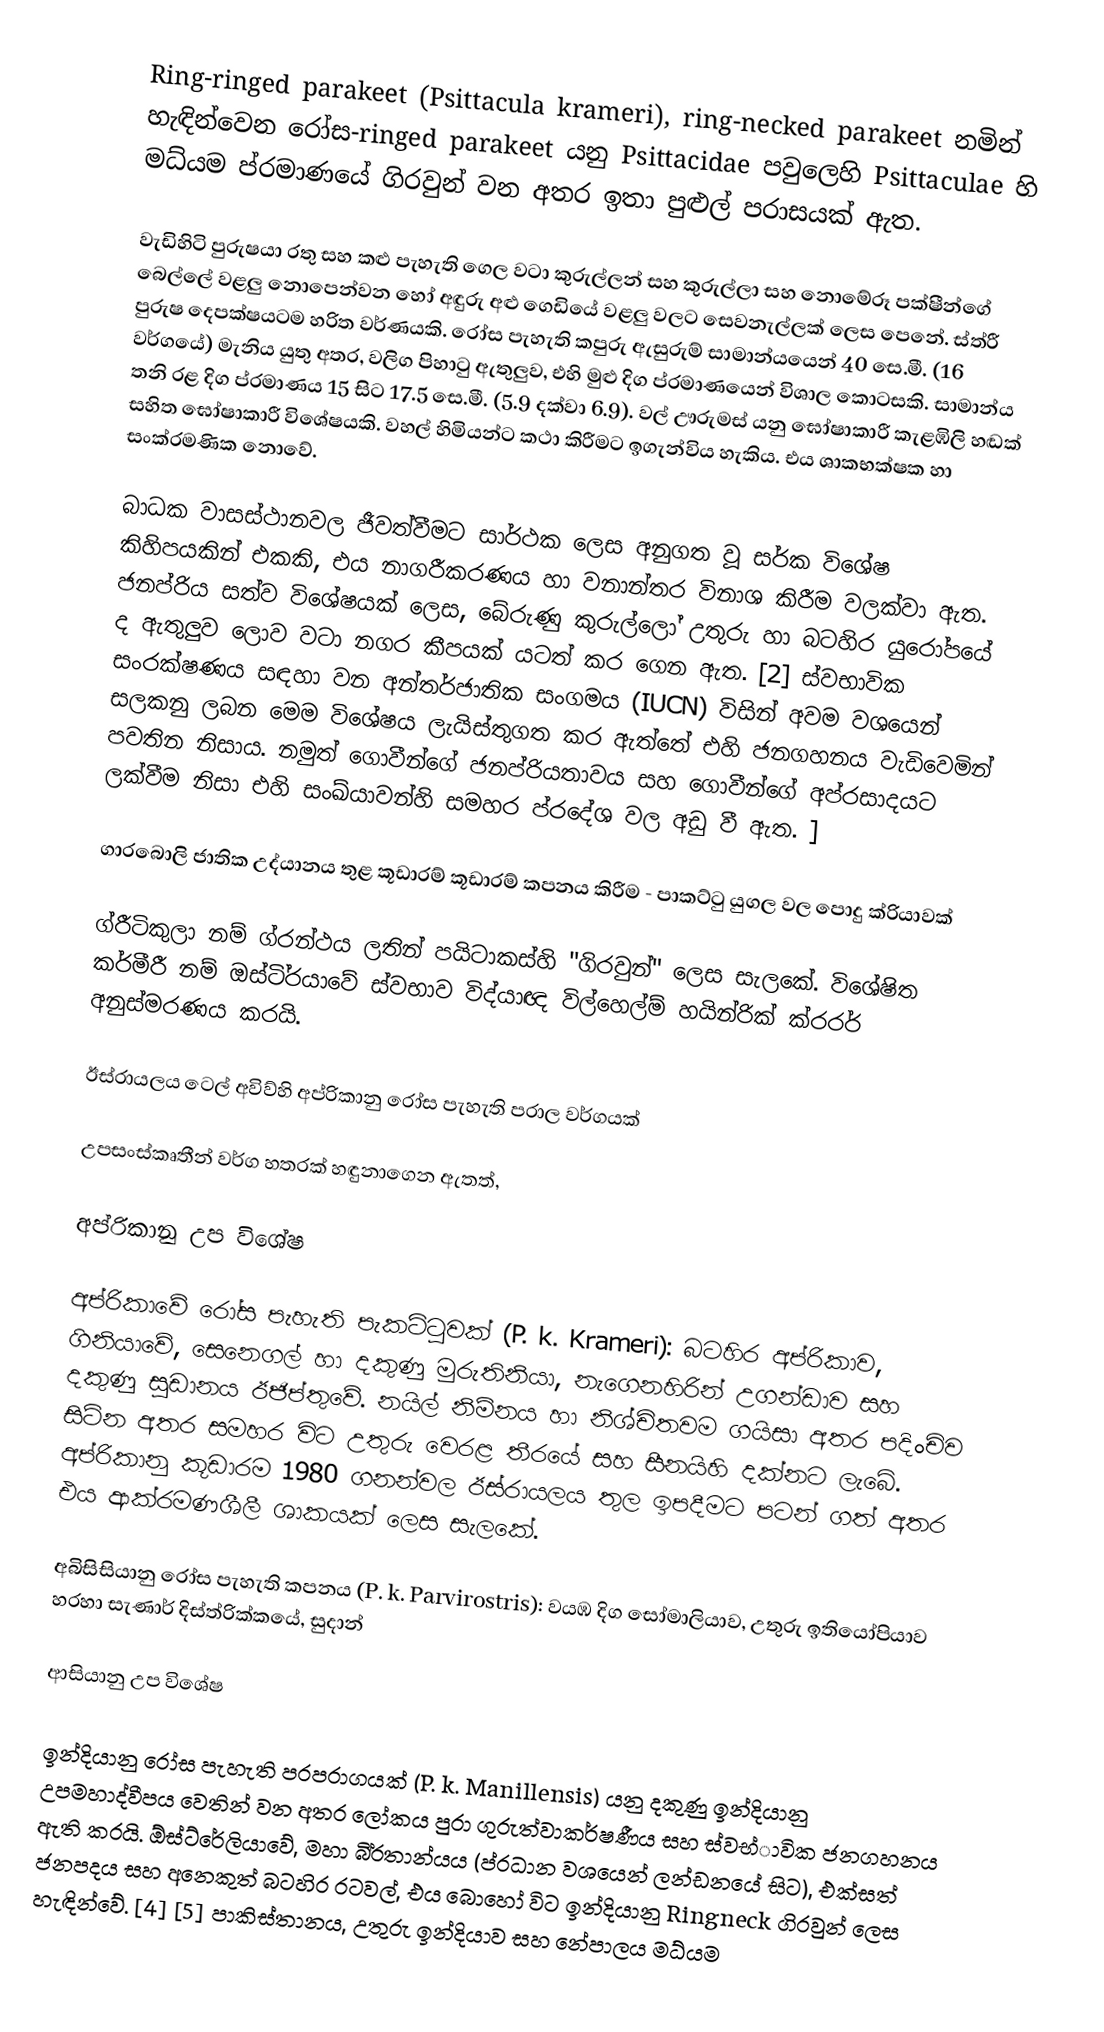
Ring-ringed parakeet (Psittacula krameri), ring-necked parakeet නමින් හැඳින්වෙන රෝස-ringed parakeet යනු Psittacidae පවුලෙහි Psittaculae හි මධ්යම ප්රමාණයේ ගිරවුන් වන අතර ඉතා පුළුල් පරාසයක් ඇත.

වැඩිහිටි පුරුෂයා රතු සහ කළු පැහැති ගෙල වටා කුරුල්ලන් සහ කුරුල්ලා සහ නොමේරූ පක්ෂීන්ගේ බෙල්ලේ වළලු නොපෙන්වන හෝ අඳුරු අළු ගෙඩියේ වළලු වලට සෙවනැල්ලක් ලෙස පෙනේ. ස්ත්රී පුරුෂ දෙපක්ෂයටම හරිත වර්ණයකි. රෝස පැහැති කපුරු ඇසුරුම් සාමාන්යයෙන් 40 සෙ.මී. (16 වර්ගයේ) මැනිය යුතු අතර, වලිග පිහාටු ඇතුලුව, එහි මුළු දිග ප්රමාණයෙන් විශාල කොටසකි. සාමාන්ය තනි රළ දිග ප්රමාණය 15 සිට 17.5 සෙ.මී. (5.9 දක්වා 6.9). වල් ඌරුමස් යනු ඝෝෂාකාරී කැළඹිලි හඬක් සහිත ඝෝෂාකාරී විශේෂයකි. වහල් හිමියන්ට කථා කිරීමට ඉගැන්විය හැකිය. එය ශාකභක්ෂක හා සංක්රමණික නොවේ.

බාධක වාසස්ථානවල ජීවත්වීමට සාර්ථක ලෙස අනුගත වූ සර්ක විශේෂ කිහිපයකින් එකකි, එය නාගරීකරණය හා වනාන්තර විනාශ කිරීම වලක්වා ඇත. ජනප්රිය සත්ව විශේෂයක් ලෙස, බේරුණු කුරුල්ලෝ උතුරු හා බටහිර යුරෝපයේ ද ඇතුලුව ලොව වටා නගර කීපයක් යටත් කර ගෙන ඇත. [2] ස්වභාවික සංරක්ෂණය සඳහා වන අන්තර්ජාතික සංගමය (IUCN) විසින් අවම වශයෙන් සලකනු ලබන මෙම විශේෂය ලැයිස්තුගත කර ඇත්තේ එහි ජනගහනය වැඩිවෙමින් පවතින නිසාය. නමුත් ගොවීන්ගේ ජනප්රියතාවය සහ ගොවීන්ගේ අප්රසාදයට ලක්වීම නිසා එහි සංඛ්යාවන්හි සමහර ප්රදේශ වල අඩු වී ඇත. ]

ගාරබොලි ජාතික උද්යානය තුළ කූඩාරම් කූඩාරම් කපනය කිරීම - පාකට්ටු යුගල වල පොදු ක්රියාවක්

ග්රීටිකුලා නම් ග්රන්ථය ලතින් පයිටාකස්හි "ගිරවුන්" ලෙස සැලකේ. විශේෂිත කර්මීරී නම් ඔස්ටි්රයාවේ ස්වභාව විද්යාඥ විල්හෙල්ම් හයින්රික් ක්රරර් අනුස්මරණය කරයි.

ඊස්රායලය ටෙල් අවිව්හි අප්රිකානු රෝස පැහැති පරාල වර්ගයක්

උපසංස්කෘතීන් වර්ග හතරක් හඳුනාගෙන ඇතත්,

අප්රිකානු උප විශේෂ

අප්රිකාවේ රෝස පැහැති පැකට්ටුවක් (P. k. Krameri): බටහිර අප්රිකාව, ගිනියාවේ, සෙනෙගල් හා දකුණු මුරුතිනියා, නැගෙනහිරින් උගන්ඩාව සහ දකුණු සුඩානය ඊජිප්තුවේ. නයිල් නිම්නය හා නිශ්චිතවම ගයිසා අතර පදිංචිව සිටින අතර සමහර විට උතුරු වෙරළ තීරයේ සහ සීනයිහි දක්නට ලැබේ. අප්රිකානු කූඩාරම 1980 ගනන්වල ඊස්රායලය තුල ඉපදීමට පටන් ගත් අතර එය ආක්රමණශීලී ශාකයක් ලෙස සැලකේ.

අබිසිසියානු රෝස පැහැති කපනය (P. k. Parvirostris): වයඹ දිග සෝමාලියාව, උතුරු ඉතියෝපියාව හරහා සැණාර් දිස්ත්රික්කයේ, සුදාන්

ආසියානු උප විශේෂ

ඉන්දියානු රෝස පැහැති පරපරාගයක් (P. k. Manillensis) යනු දකුණු ඉන්දියානු උපමහාද්වීපය වෙතින් වන අතර ලෝකය පුරා ගුරුත්වාකර්ෂණීය සහ ස්වභ්ාවික ජනගහනය ඇති කරයි. ඕස්ට්රේලියාවේ, මහා බි්රතාන්යය (ප්රධාන වශයෙන් ලන්ඩනයේ සිට), එක්සත් ජනපදය සහ අනෙකුත් බටහිර රටවල්, එය බොහෝ විට ඉන්දියානු Ringneck ගිරවුන් ලෙස හැඳින්වේ. [4] [5] පාකිස්තානය, උතුරු ඉන්දියාව සහ නේපාලය මධ්යම